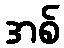
အစ်